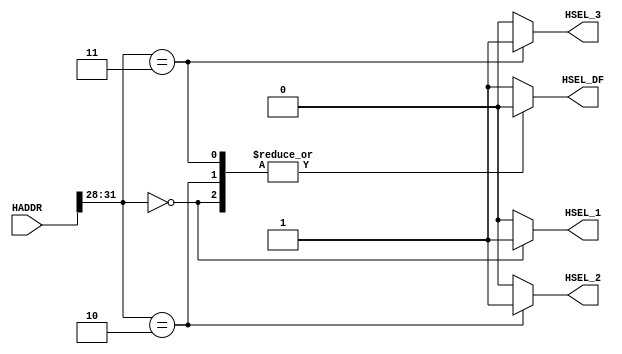

`timescale 1ns/1ns

module decoder(
    input [31:0] HADDR,
	  output reg[0:0] HSEL_1,HSEL_2,HSEL_3,HSEL_DF);

 wire [3:0] Base_Addr;
 
 assign Base_Addr= HADDR[31:28];
 
 always@(Base_Addr)begin
 
    HSEL_1<=0;
		HSEL_2<=0;
		HSEL_3<=0;
		HSEL_DF<=0;
	
		case (Base_Addr)
		
			 4'b0000:
				HSEL_1<=1;
			
			 4'b0010: 
			
				HSEL_2<=1;
			4'b0011:
				HSEL_3<=1;
			 default:
				HSEL_DF<=1;
		
		endcase
 
 
 
 end
 
 
endmodule